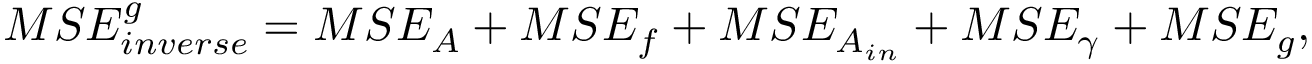
M S E _ { i n v e r s e } ^ { g } = M S E _ { A } + M S E _ { f } + M S E _ { A _ { i n } } + M S E _ { \gamma } + M S E _ { g } ,